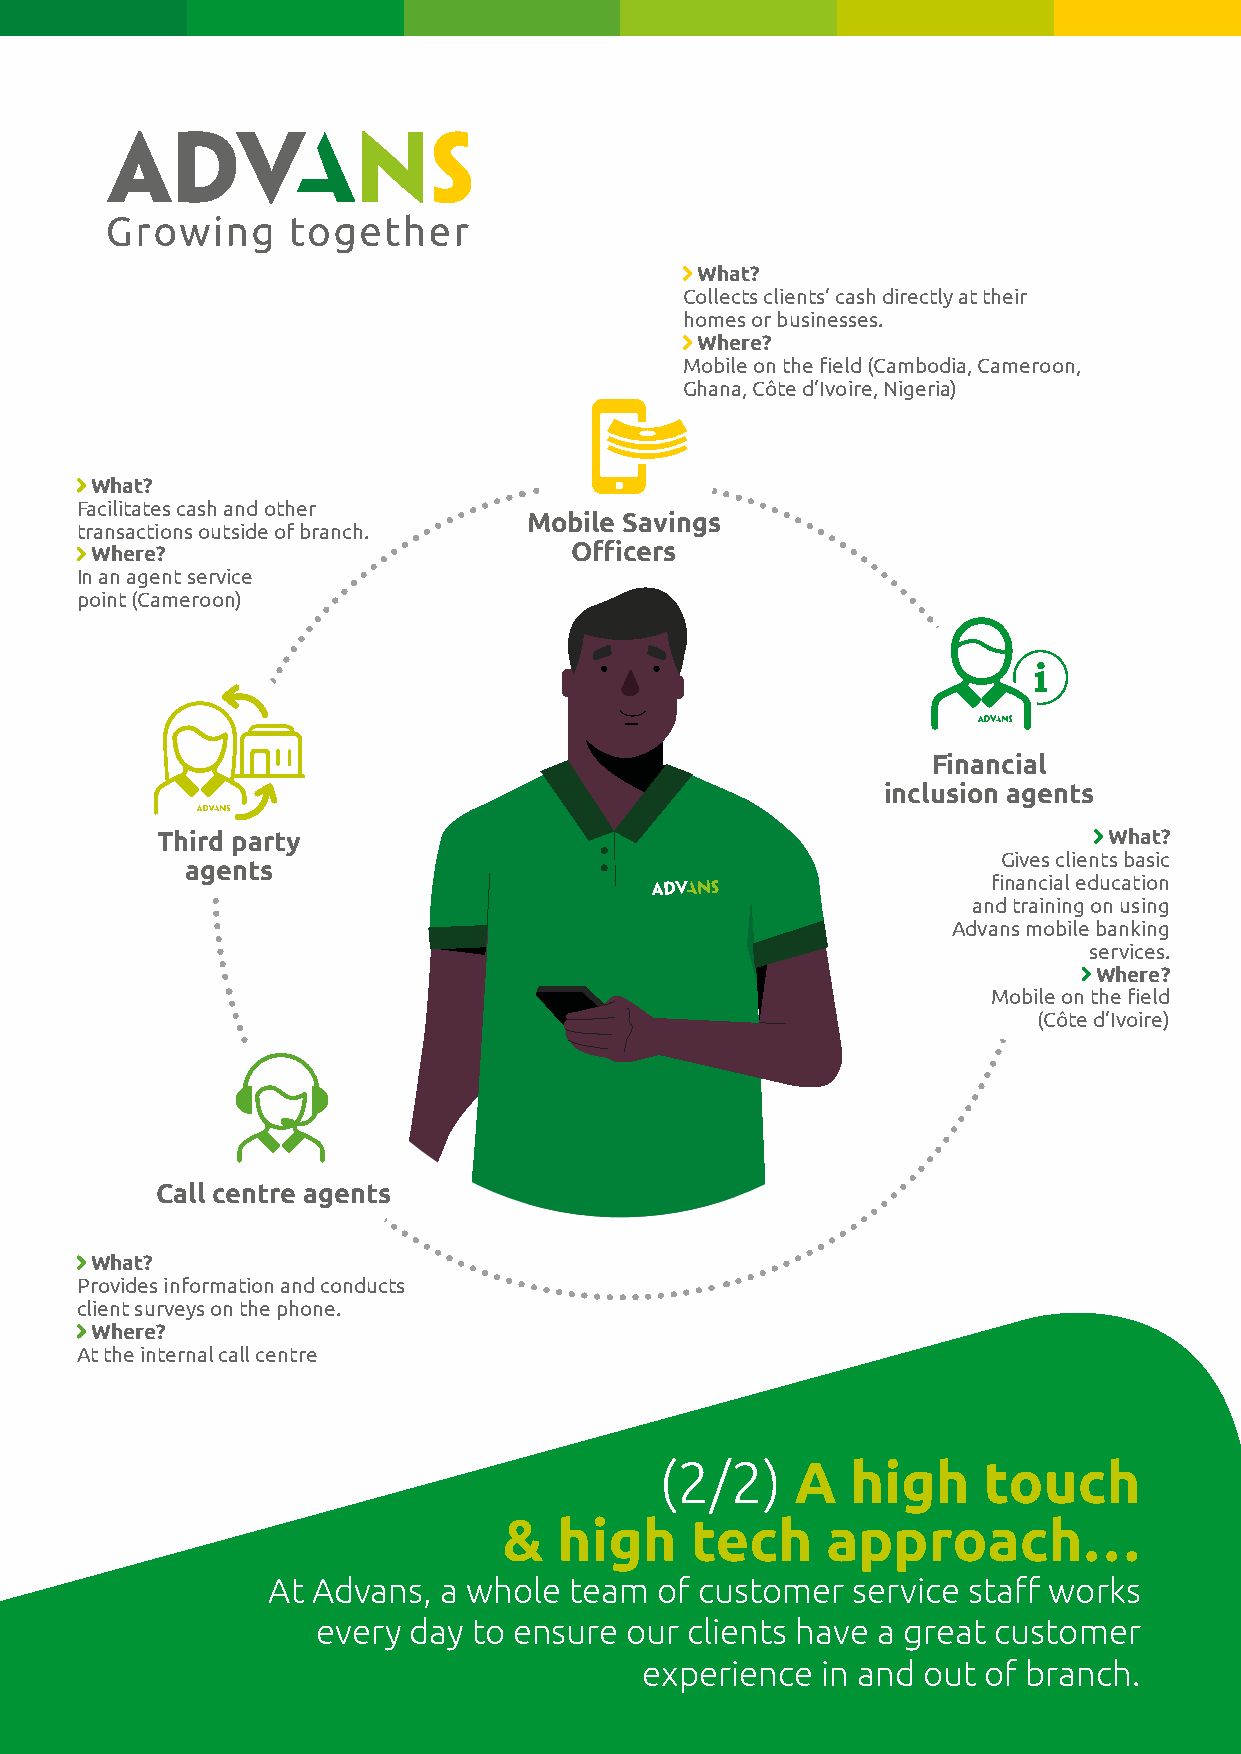
What?
 Collects clients’ cash directly at their
 homes or businesses.
 Where?
 Mobile on the field (Cambodia, Cameroon,
 Ghana, Côte d’Ivoire, Nigeria)
 What?
 Facilitates cash and other
 Mobile Savings
 transactions outside of branch.
 Where?                          Officers
 In an agent service
 point (Cameroon)
 Financial
 inclusion agents
 Third party                                                    What?
 Gives clients basic
 agents
 financial education
 and training on using
 Advans mobile banking
 services.
 Where?
 Mobile on the field
 (Côte d’Ivoire)
 Call centre agents
 What?
 Provides information and conducts
 client surveys on the phone.
 Where?
 At the internal call centre
 (2/2)    A  high     touch
 &   high     tech     approach…
 At Advans, a whole  team of customer  service staff works
 every day to ensure our  clients have a great customer
 experience  in and out of branch.